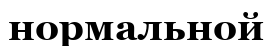
нормальной